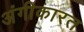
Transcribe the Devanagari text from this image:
अंगीकारत